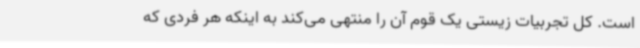
است. کل تجربیات زیستی یک قوم آن را منتهی می‌کند به اینکه هر فردی که